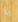
يا